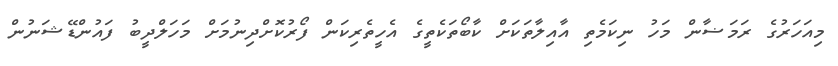
މިއަހަރުގެ ރަމަޟާން މަހު ނިކަމެތި އާއިލާތަކަށް ކާބޯތަކެތީގެ އެހީތެރިކަން ފޯރުކޮށްދިނުމަށް މަހަލްދީބު ފައުންޑޭޝަނުން